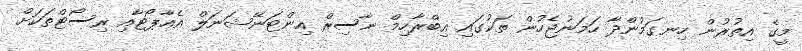
މީގެ އިތުރުން ހިނގަމުންދާ ހަމަނުޖެހުން ތަކުގައި އިބްރާހިމް ނާސިރް އިންޓަނޭޝަނަލް އެއާޕޯޓާއި ރިސޯޓްތަކަށް